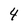
Character: 4